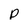
Character: p